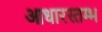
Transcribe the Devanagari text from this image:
आधारस्तम्भ